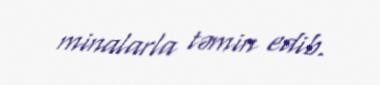
minalarla təmin edib.